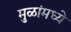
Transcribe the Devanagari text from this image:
मुळांमध्ये